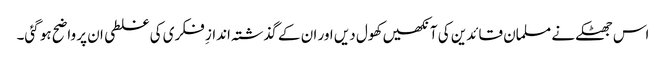
اس جھٹکے نے مسلمان قائدین کی آنکھیں کھول دیں اور ان کے گذشتہ اندازِ فکری کی غلطی ان پر واضح ہو گئی۔